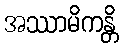
အဿာမိကန္တိ